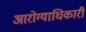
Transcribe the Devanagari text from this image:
आरोग्याधिकारी